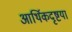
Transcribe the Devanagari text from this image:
आर्थिकदृष्टया